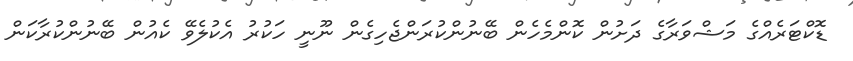
ޑޮކްޓަރެއްގެ މަޝްވަރާގެ ދަށުން ކޮންމެހެން ބޭނުންކުރަންޖެހިގެން ނޫނީ ހަކުރު އެކުލެވޭ ކެއުން ބޭނުންކުރާކަން